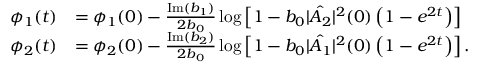
\begin{array} { r l } { \phi _ { 1 } ( t ) } & { = \phi _ { 1 } ( 0 ) - \frac { \mathrm { I m } ( b _ { 1 } ) } { 2 b _ { 0 } } \log \left[ 1 - b _ { 0 } | \hat { A _ { 2 } } | ^ { 2 } ( 0 ) \left( 1 - e ^ { 2 t } \right) \right] } \\ { \phi _ { 2 } ( t ) } & { = \phi _ { 2 } ( 0 ) - \frac { \mathrm { I m } ( b _ { 2 } ) } { 2 b _ { 0 } } \log \left[ 1 - b _ { 0 } | \hat { A _ { 1 } } | ^ { 2 } ( 0 ) \left( 1 - e ^ { 2 t } \right) \right] . } \end{array}